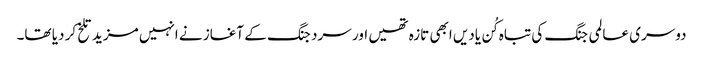
دوسری عالمی جنگ کی تباہ کُن یادیں ابھی تازہ تھیں اور سرد جنگ کے آغاز نے انہیں مزید تلخ کر دیا تھا۔